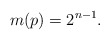
\begin{align*}m(p)=2^{n-1}.\end{align*}